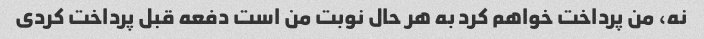
نه، من پرداخت خواهم کرد به هر حال نوبت من است دفعه قبل پرداخت کردی